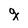
Character: g